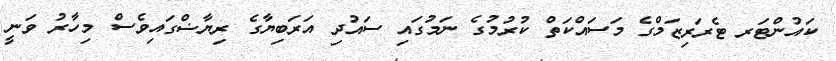
ކައުންޓަރ ޓެރަރިޒަމްގެ މަސައްކަތް ކުރުމުގެ ނަމުގައި ސައުދި އަރަބިޔާގެ ރިޔާޟްގައިވެސް މިހާރު ވަނީ